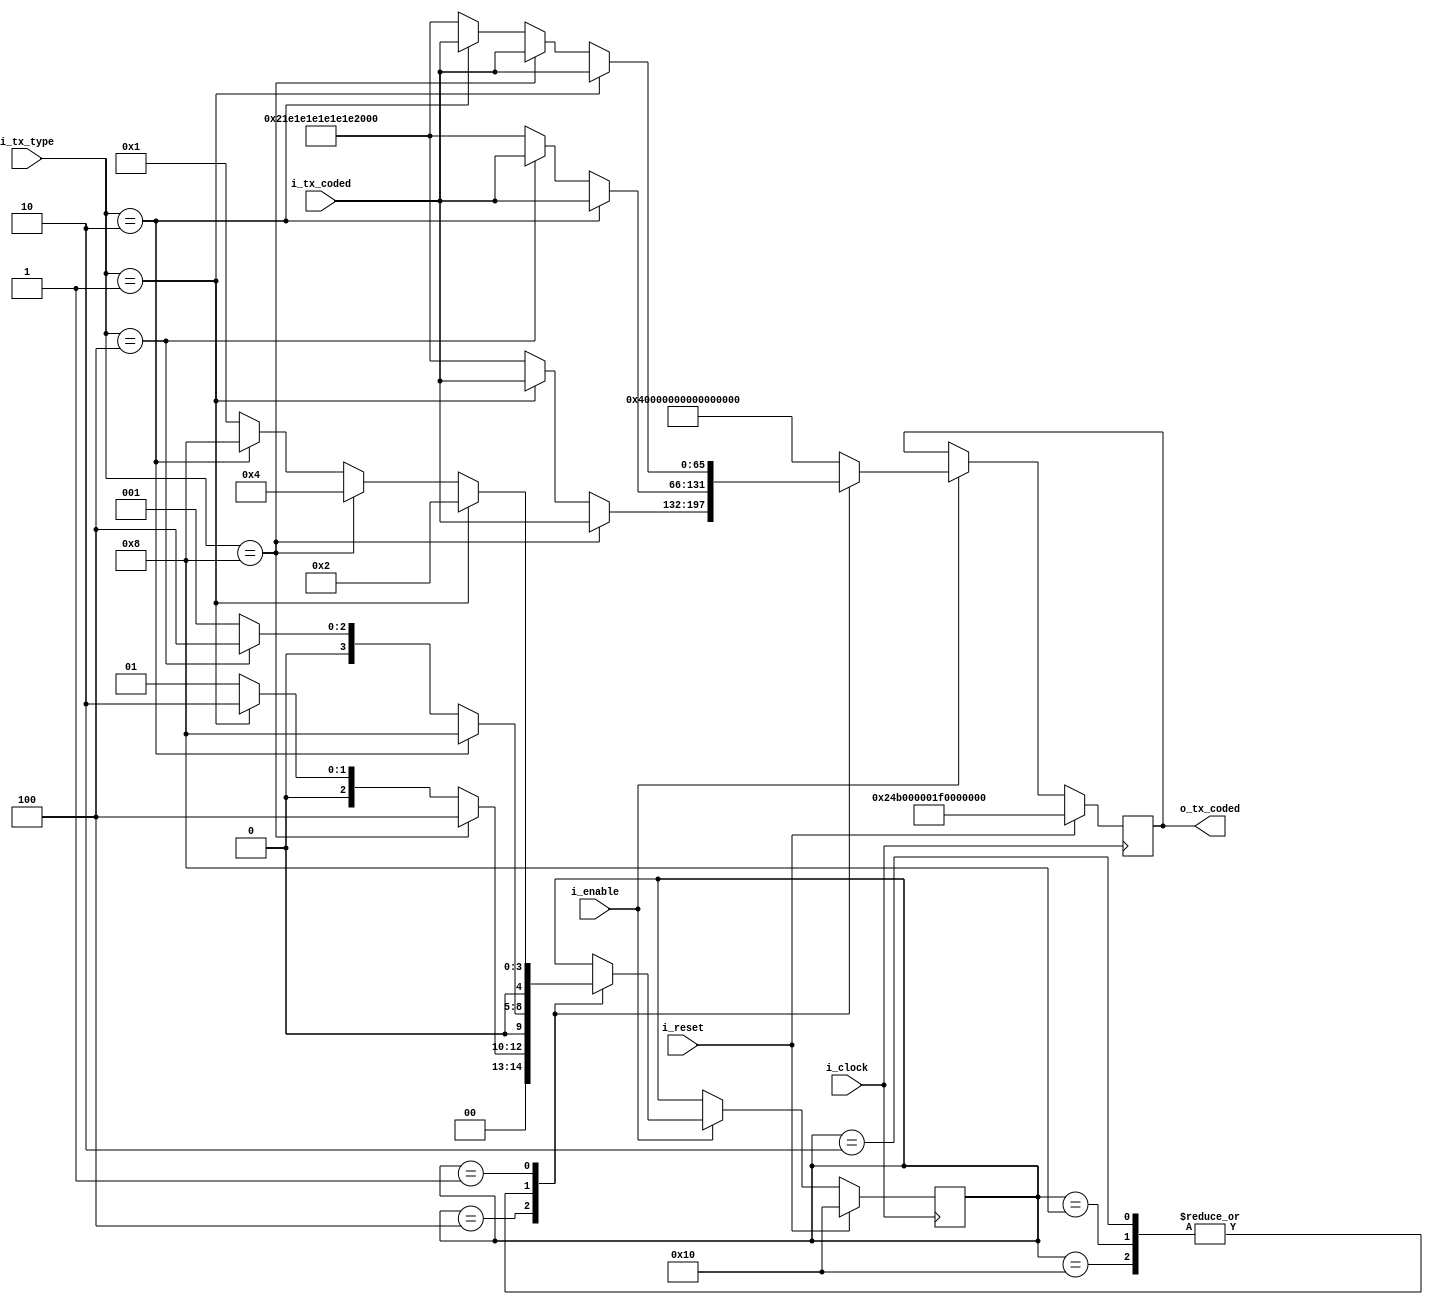


module encoder_fsm
#(
   parameter                           LEN_CODED_BLOCK = 66
 )
 (
  input  wire                          i_clock,
  input  wire                          i_reset,
  input  wire                          i_enable,
  input  wire [3:0]                    i_tx_type,
  input  wire [LEN_CODED_BLOCK-1 : 0]  i_tx_coded, //recibida desde el bloque comparador/codificador
  output wire [LEN_CODED_BLOCK-1 : 0]  o_tx_coded // solo difiere de lo recibido del comparador si la secuencia es incorrecta
 );

// T_TYPE
localparam [3:0] TYPE_D  = 4'b1000;
localparam [3:0] TYPE_S  = 4'b0100;
localparam [3:0] TYPE_C  = 4'b0010;
localparam [3:0] TYPE_T  = 4'b0001;
localparam [3:0] TYPE_E  = 4'b0000;
// STATES
localparam [4:0] TX_INIT = 5'b10000;
localparam [4:0] TX_C    = 5'b01000;
localparam [4:0] TX_D    = 5'b00100;
localparam [4:0] TX_T    = 5'b00010;
localparam [4:0] TX_E    = 5'b00001;
localparam PCS_ERROR = 7'h1E;
localparam [LEN_CODED_BLOCK-1 : 0] LBLOCK_T = 66'h24B000001F0000000; // !!!!FIX!!!!bloque signal ordered set
localparam [LEN_CODED_BLOCK-1 : 0] EBLOCK_T = 66'h21E1E1E1E1E1E1E1E; // !!!!FIX!!!! error block

//INTERNAL SIGNALS
reg [4:0] state;
reg [4:0] state_next;
reg [LEN_CODED_BLOCK-1 : 0] tx_coded ; 
reg [LEN_CODED_BLOCK-1 : 0] tx_coded_next;

//PORTS
assign o_tx_coded = tx_coded;

//Update state
always @ (posedge i_clock)
begin

    if(i_reset)
    begin
        tx_coded <= LBLOCK_T;
        state    <= TX_INIT;
    end

    else if (i_enable)
    begin
        tx_coded <= tx_coded_next;
        state    <= state_next;
    end

end

always @ * 
begin
    state_next = state;
    tx_coded_next = {LEN_CODED_BLOCK{1'b1}};
    //tx_coded_next = tx_coded;
    

    case(state)
        TX_INIT :
        begin
            if(i_tx_type == TYPE_C)
            begin
                state_next = TX_C;
                tx_coded_next = i_tx_coded;
            end
            else if (i_tx_type == TYPE_S)
            begin
                state_next = TX_D;
                tx_coded_next = i_tx_coded;
            end
            else
            begin
                state_next = TX_E;
                tx_coded_next = EBLOCK_T;
            end
        end
        TX_C :
        begin
            if(i_tx_type == TYPE_C)
            begin
                state_next = TX_C;
                tx_coded_next = i_tx_coded;
            end
            else if(i_tx_type == TYPE_S)
            begin
                state_next = TX_D ;
                tx_coded_next = i_tx_coded;
            end
            else
            begin 
                state_next = TX_E ;
                tx_coded_next = EBLOCK_T ;
            end
        end
        TX_D :
        begin
            if(i_tx_type == TYPE_D)
            begin
                state_next = TX_D ;
                tx_coded_next = i_tx_coded;
            end
            else if (i_tx_type == TYPE_T)
            begin
                state_next = TX_T ;
                tx_coded_next = i_tx_coded ;
            end
            else
            begin
                state_next = TX_E ;
                tx_coded_next = EBLOCK_T ;
            end
        end
        TX_T :
        begin
            if(i_tx_type == TYPE_C)
            begin
                state_next = TX_C;
                tx_coded_next = i_tx_coded;
            end
            else if(i_tx_type == TYPE_S)
            begin
                state_next = TX_D;
                tx_coded_next = i_tx_coded;
            end
            else
            begin
                state_next = TX_E ;
                tx_coded_next = EBLOCK_T ;
            end
        end
        TX_E :
        begin
            if(i_tx_type == TYPE_T)
            begin
                state_next = TX_T;
                tx_coded_next = i_tx_coded;
            end
            else if (i_tx_type == TYPE_D)
            begin
                state_next =TX_D ;
                tx_coded_next = i_tx_coded;
            end
            else if (i_tx_type == TYPE_C)
            begin
                state_next =TX_C ;
                tx_coded_next = i_tx_coded;
            end
            else
            begin
                state_next = TX_E ;
                tx_coded_next = EBLOCK_T ;
            end
        end

    endcase

end


endmodule